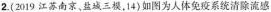
2.(2019江苏南京，盐三模，14)如图为人体免疫系统清除流感